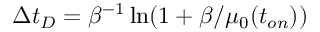
\Delta t _ { D } = \beta ^ { - 1 } \ln ( 1 + \beta / \mu _ { 0 } ( t _ { o n } ) )